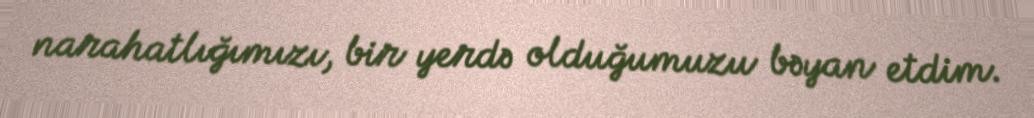
narahatlığımızı, bir yerdə olduğumuzu bəyan etdim.